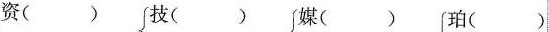
资（） 技（） 媒（） 珀（）